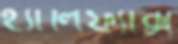
হ্যালিফ্যাক্স